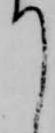
て